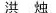
洪 烛